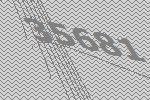
35681